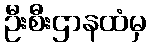
ဦးစီးဌာနထံမှ